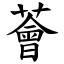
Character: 薈